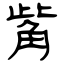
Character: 觜